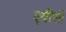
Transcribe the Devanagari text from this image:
एवीसी